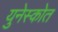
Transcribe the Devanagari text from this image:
युनेस्कोत